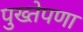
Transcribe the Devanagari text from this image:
पुख्तेपणा